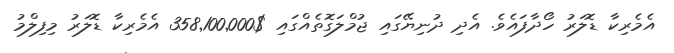
އެމެރިކާ ޑޮލަރު ހޯދާފައެވެ. އެދި ދުނިޔޭގައި ޖުމްލަގޮތެއްގައި $358